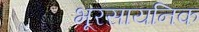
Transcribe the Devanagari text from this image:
भूरसायनिक